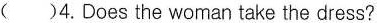
() 4.Does the woman take the dress?